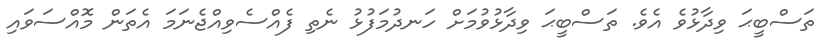
ތަސްބީޙަ ވިދާޅުވެ އެވެ. ތަސްބީޙަ ވިދާޅުވުމަށް ހަނދުމަފުޅު ނެތި ފެއްސެވިއްޖެނަމަ އެތަން މޮއްސަވައި